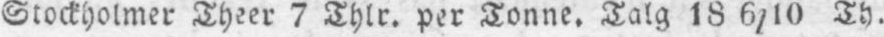
Stockholmer Theer 7 Thlr. per Tonne, Talg 18 6/10 Th.